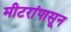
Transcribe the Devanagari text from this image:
मीटरांपासून